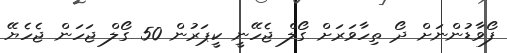
ފޯވާޑުންނަށް ދޯ ތިހާވަރަށް ގޯލް ޖެހޭނީ ކީޕަރުން 50 ގޯލް ޖަހަން ޖެހެޔޭ